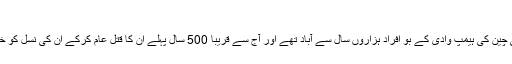
معلق مدفن
جنوب مغربی چین کی ہیمپ وادی کے بو افراد ہزاروں سال سے آباد تھے اور آج سے قریبا 500 سال پہلے ان کا قتل عام کرکے ان کی نسل کو ختم کر دیا گیا۔